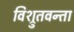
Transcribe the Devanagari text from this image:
विश्रुतवन्ता